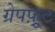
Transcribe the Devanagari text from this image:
ग्रेपफ़्रूट